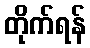
တိုက်ရန်